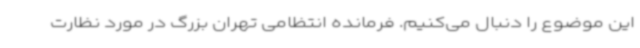
این موضوع را دنبال می‌کنیم. فرمانده انتظامی تهران بزرگ در مورد نظارت